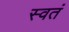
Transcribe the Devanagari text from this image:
स्वतं